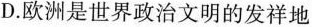
D.欧洲是世界政治文明的发祥地